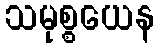
သမုစ္စယေန